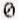
0